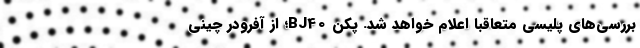
بررسی‌های پلیسی متعاقبا اعلام خواهد شد. پکن BJ40؛ از آفرودر چینی